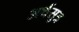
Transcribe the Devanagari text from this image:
अर्थसुत्र